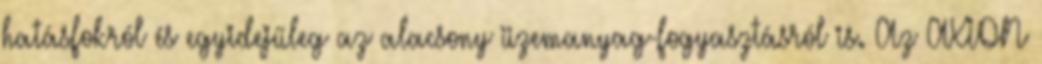
hatásfokról és egyidejűleg az alacsony üzemanyag-fogyasztásról is. Az AXION